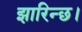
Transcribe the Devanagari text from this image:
झारिन्छ।